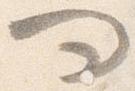
問